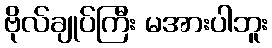
ဗိုလ်ချုပ်ကြီး မအားပါဘူး